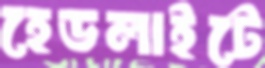
হেডলাইটে